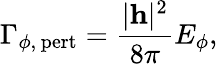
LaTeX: \Gamma_{\phi,\, \mathrm{pert}}=\frac{\vert{\mathbf h}\vert^{2}}{8\pi}E_{\phi},